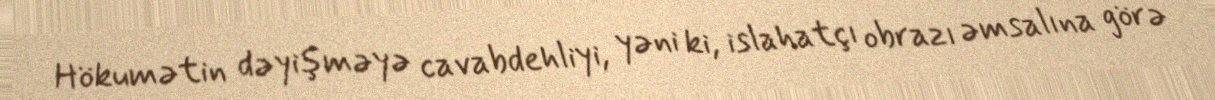
Hökumətin dəyişməyə cavabdehliyi, yəni ki, islahatçı obrazı əmsalına görə